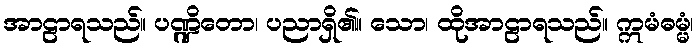
အာဠာရသည်။ ပဏ္ဍိတော၊ ပညာရှိ၏။ သော၊ ထိုအာဠာရသည်။ ဣမံဓမ္မံ၊